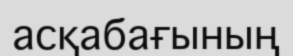
асқабағының